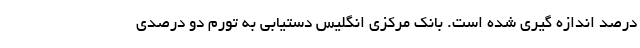
درصد اندازه گیری شده است. بانک مرکزی انگلیس دستیابی به تورم دو درصدی